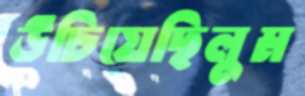
উচিয়েছিলুম